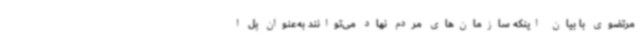
مرتضوی با بیان اینکه سازمان‌های مردم نهاد می‌توانند به‌عنوان پل ا